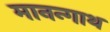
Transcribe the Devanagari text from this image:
मानन्गाथ